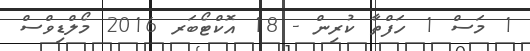
1 މަސް 1 ހަފްތާ ކުރިން - 18 އޮކްޓޯބަރ 2016 މޯލްޑިވްސް